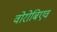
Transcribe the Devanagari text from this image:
वोरोबिएव